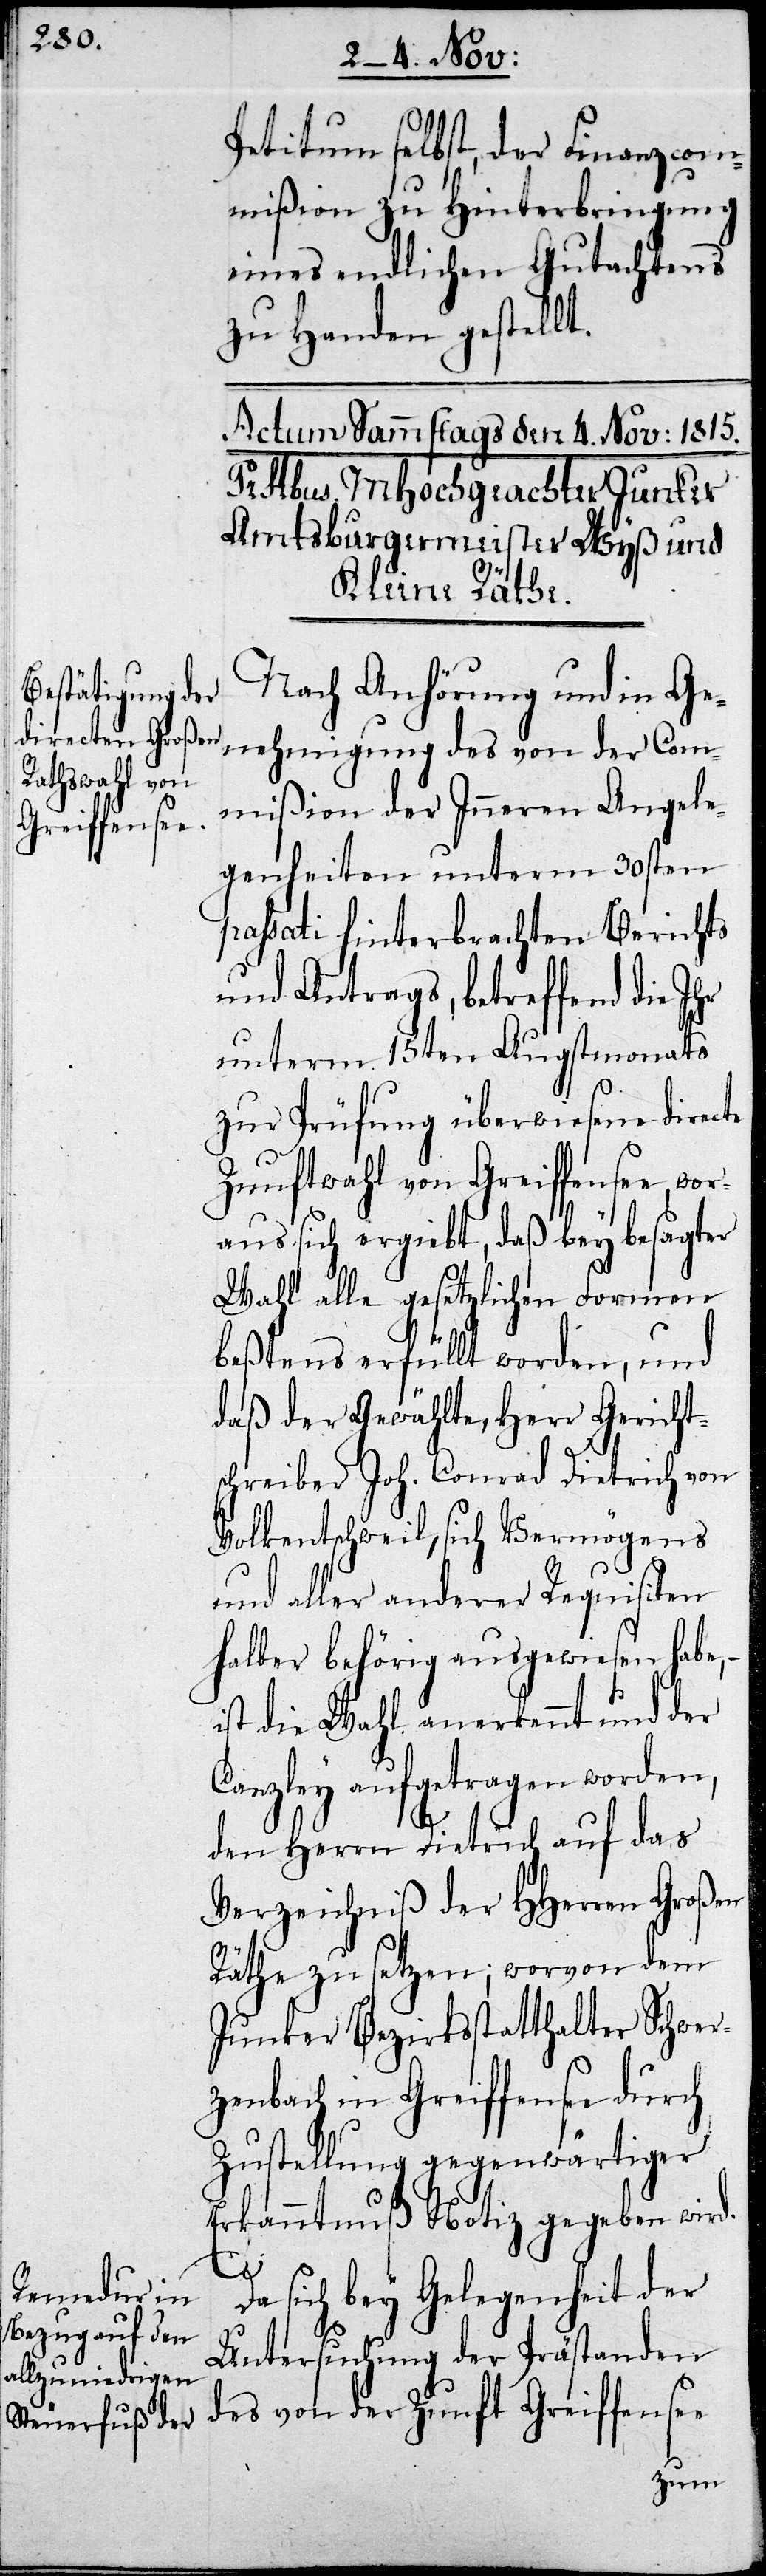
Petitum selbst, der Finanzcom¬
mißion zu Hinterbringung
eines endlichen Gutachtens
zu Handen gestellt.
Nach Anhörung und in Ge¬
nehmigung des von der Com¬
mißion der Inneren Angele¬
genheiten unterm 30sten
passati hinterbrachten Berichts
und Antrags, betreffend die
unterm 15ten Augstmonats
zur Prüfung überwiesene dire¬
Zunftwahl von Greiffensee, wor¬
aus sich ergiebt, daß bey besagter
Wahl alle gesetzlichen Formen
beßtens erfüllt worden, und
daß der Gewählte, Herr Gericht¬
schreiber Joh. Conrad Dietrich von
Volkentschweil, sich Vermögens
und aller anderer Requisiten
halber behörig ausgewiesen habe, –
ist die Wahl anerkannt und der
Canzley aufgetragen worden,
den Herrn Dietrich auf das
Verzeichniß der HHerren Großen
Räthe zu setzen; worvon dem
Junker Bezirksstatthalter Schwer¬
zenbach in Greiffensee durch
Zustellung gegenwärtiger
Erkanntnuß Notiz gegeben wird.
cte
Untersuchung der Prästanden
des von der Zunft Greiffensee